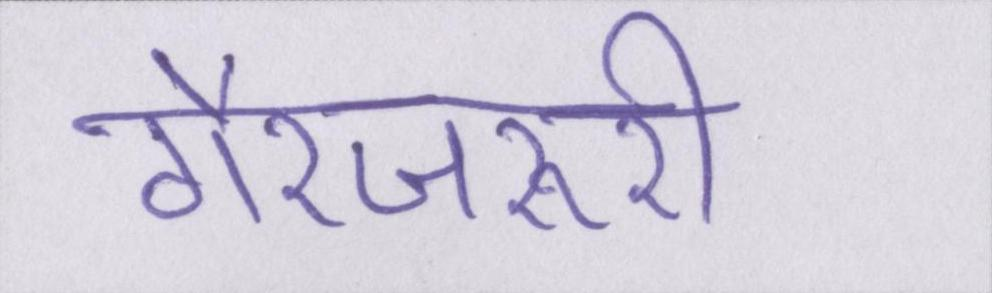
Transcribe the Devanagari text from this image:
गैरजरूरी